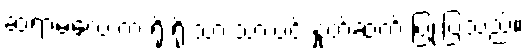
ဆရာမလေးက ရိုးရိုးသားသားပင် နှုတ်ဆက် ပြုံးပြသည်။